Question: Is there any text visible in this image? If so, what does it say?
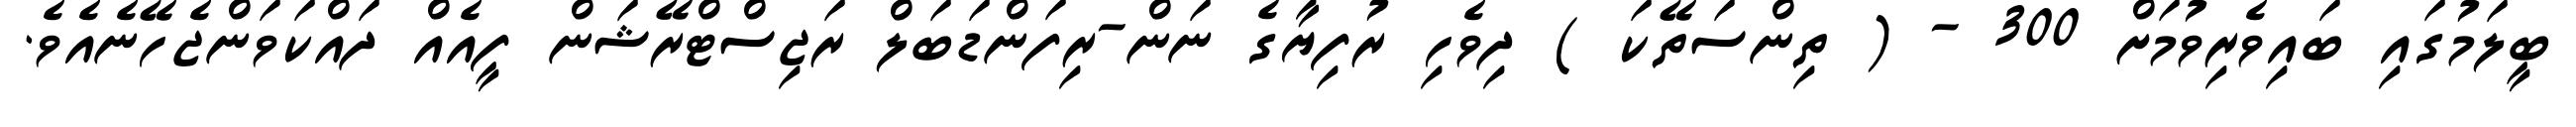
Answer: ބީލަމުގައި ބައިވެރިވުމަށް 300 - ( ތިންސަތޭކަ ) ދިވެހި ރުފިޔާގެ ނަން-ރިފަންޑަބަލް ރަޖިސްޓްރޭޝަން ފީއެއް ދައްކަވަންޖެހޭނެއެވެ.